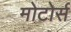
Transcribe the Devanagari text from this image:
मोटोर्स